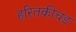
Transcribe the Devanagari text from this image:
हरितकीचड़